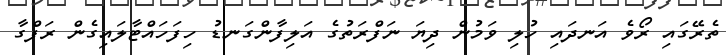
ތެރޭގައި ރޯވެ އަނދައި ހުލި ވަމުން ދިޔަ ނަފްރަތުގެ އަލިފާންގަނޑު ހިފަހައްޓާލައިގެން ރަފްގާ